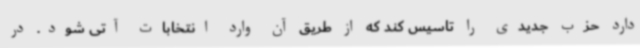
دارد حزب جدیدی را تاسیس کند که از طریق آن وارد انتخابات آتی شود. در